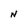
Character: N